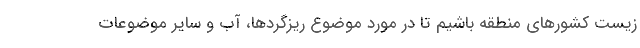
زیست کشورهای منطقه باشیم تا در مورد موضوع ریزگردها، آب و سایر موضوعات